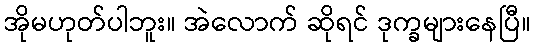
အိုမဟုတ်ပါဘူး။ အဲလောက် ဆိုရင် ဒုက္ခများနေပြီ။